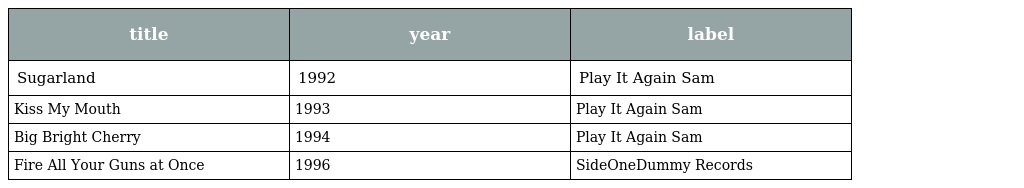
| title | year | label |
 | --- | --- | --- |
 | Sugarland | 1992 | Play It Again Sam |
 | Kiss My Mouth | 1993 | Play It Again Sam |
 | Big Bright Cherry | 1994 | Play It Again Sam |
 | Fire All Your Guns at Once | 1996 | SideOneDummy Records |